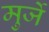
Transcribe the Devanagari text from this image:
मुर्जे